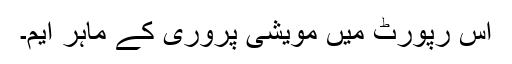
اس رپورٹ میں مویشی پروری کے ماہر ایم۔